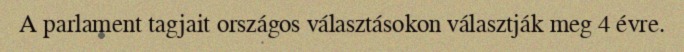
A parlament tagjait országos választásokon választják meg 4 évre.